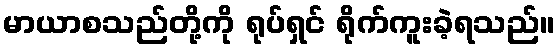
မာယာစသည်တို့ကို ရုပ်ရှင် ရိုက်ကူးခဲ့ရသည်။